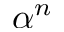
\alpha ^ { n }